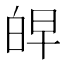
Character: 𰤖